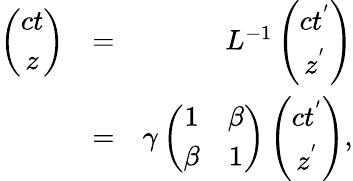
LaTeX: \begin{array}{rlr}{\left(\begin{array}{cc}{ct}\\ {z}\end{array}\right)}&{=}&{L^{-1}\left(\begin{array}{cc}{ct^{'}}\\ {z^{'}}\end{array}\right)}\\ &{=}&{\gamma\left(\begin{array}{cc}{1}&{\beta}\\ {\beta}&{1}\end{array}\right)\left(\begin{array}{cc}{ct^{'}}\\ {z^{'}}\end{array}\right),}\end{array}